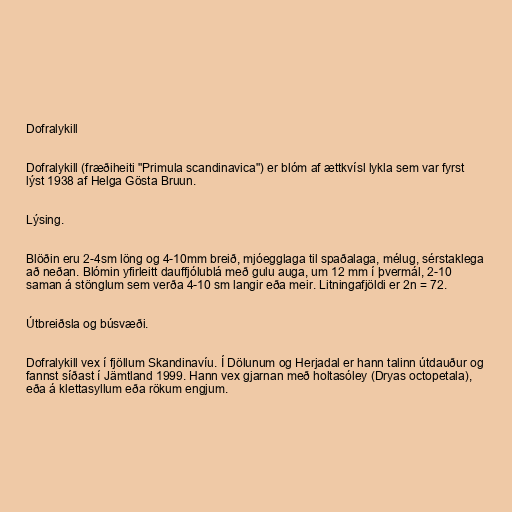
Dofralykill

Dofralykill (fræðiheiti "Primula scandinavica") er blóm af ættkvísl lykla sem var fyrst
lýst 1938 af Helga Gösta Bruun.

Lýsing.

Blöðin eru 2-4sm löng og 4-10mm breið, mjóegglaga til spaðalaga, mélug, sérstaklega
að neðan. Blómin yfirleitt dauffjólublá með gulu auga, um 12 mm í þvermál, 2-10
saman á stönglum sem verða 4-10 sm langir eða meir. Litningafjöldi er 2n = 72.

Útbreiðsla og búsvæði.

Dofralykill vex í fjöllum Skandinavíu. Í Dölunum og Herjadal er hann talinn útdauður og
fannst síðast í Jämtland 1999. Hann vex gjarnan með holtasóley (Dryas octopetala),
eða á klettasyllum eða rökum engjum.